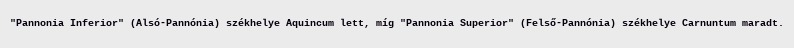
"Pannonia Inferior" (Alsó-Pannónia) székhelye Aquincum lett, míg "Pannonia Superior" (Felső-Pannónia) székhelye Carnuntum maradt.